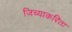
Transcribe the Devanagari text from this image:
जिच्याकरिता